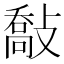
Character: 敽